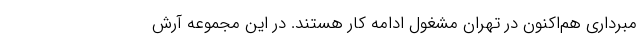
مبرداری هم‌اکنون در تهران مشغول ادامه کار هستند. در این مجموعه آرش